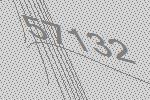
57132